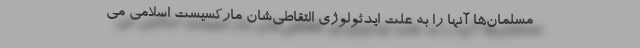
مسلمان‌ها آنها را به علت ایدئولوژی التقاطی‌شان ماركسیست اسلامی می